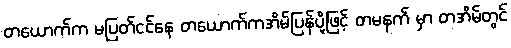
တယောက်က မပြတ်ငင်နေ တယောက်ကအိမ်ပြန်ပို့ဖြင့် တမနက် မှာ တအိမ်တွင်